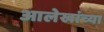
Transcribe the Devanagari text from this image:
आलेखांच्या